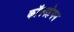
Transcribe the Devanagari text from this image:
कॉपनहेगन